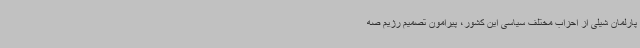
پارلمان شیلی از احزاب مختلف سیاسی این کشور، پیرامون تصمیم رژیم صه